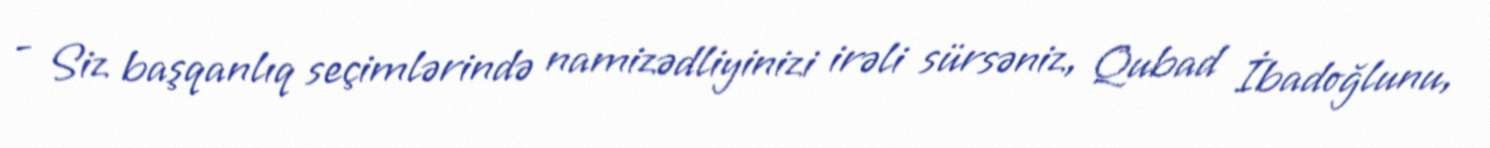
- Siz başqanlıq seçimlərində namizədliyinizi irəli sürsəniz, Qubad İbadoğlunu,